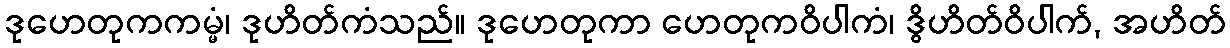
ဒုဟေတုကကမ္မံ၊ ဒုဟိတ်ကံသည်။ ဒုဟေတုကာ ဟေတုကဝိပါကံ၊ ဒွိဟိတ်ဝိပါက်, အဟိတ်